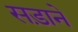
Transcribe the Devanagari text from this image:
सड़ाने